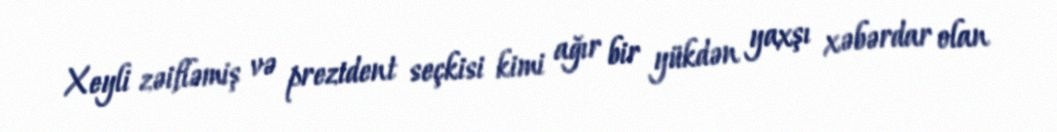
Xeyli zəifləmiş və prezident seçkisi kimi ağır bir yükdən yaxşı xəbərdar olan